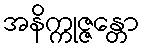
အနိက္ကုဇ္ဇန္တော